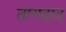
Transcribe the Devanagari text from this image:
तायदाद